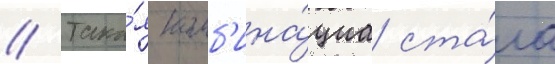
// Така́я комб'ина́циа ста́ла